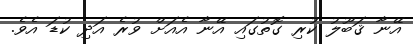
އޭނާ ޤަބޫލު ކުރި ގޮތުގައި އޭނާ އެއަށް ވުރެ އަދި ކުޑަ އެވެ.